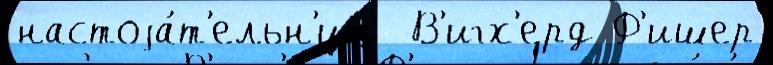
настоjа́т'ельн'иц  В'игх'ерд Ф'ишер